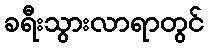
ခရီးသွားလာရာတွင်